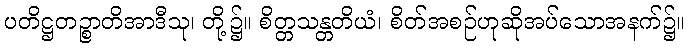
ပတိဋ္ဌတဉ္စာတိအာဒီသု၊ တို့၌။ စိတ္တသန္တတိယံ၊ စိတ်အစဉ်ဟုဆိုအပ်သောအနက်၌။